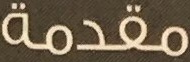
مقدمة